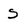
Character: s